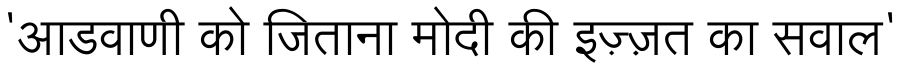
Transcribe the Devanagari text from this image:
'आडवाणी को जिताना मोदी की इज़्ज़त का सवाल'